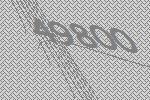
49800